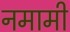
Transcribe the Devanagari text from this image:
नमामी